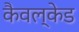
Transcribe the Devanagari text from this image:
कैवल्केड